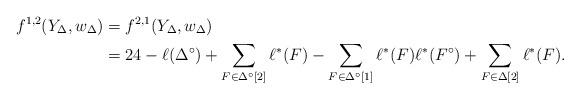
LaTeX: \begin{align*}f^{1,2}(Y_\Delta,w_\Delta) &= f^{2,1}(Y_\Delta,w_\Delta) \\ &= 24-\ell(\Delta^\circ) +\sum_{F \in \Delta^\circ[2]} \ell^*(F) - \sum_{F \in \Delta^\circ[1]} \ell^*(F) \ell^*(F^\circ) + \sum_{F \in \Delta[2]} \ell^*(F).\end{align*}